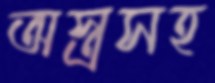
অস্ত্রসহ